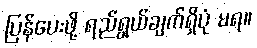
ပြန်ပေးဖို့ ရည်ရွယ်ချက်ရှိပုံ မရ။